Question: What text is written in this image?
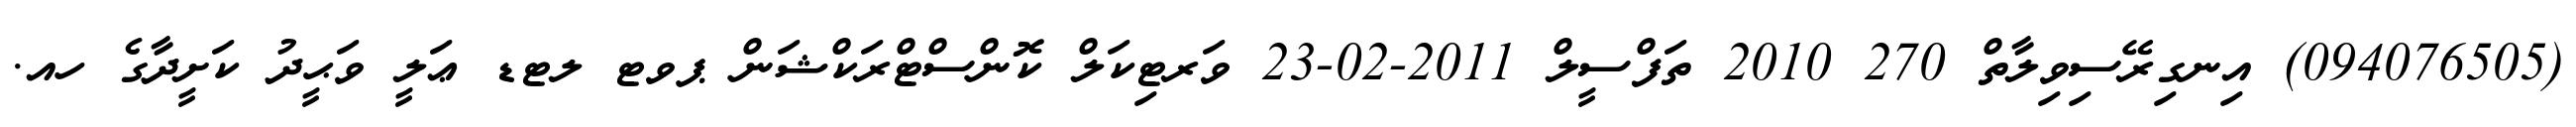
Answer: (094076505) އިނގިރޭސިވިލާތް 270 2010 ތަފްސީލް 2011-02-23 ވަރޓިކަލް ކޮންސްޓްރަކްޝަން ޕވޓ ލޓޑ ޢަލީ ވަޙީދު ކަށީދާގެ ހއ.